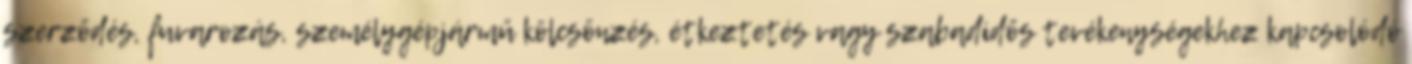
szerződés, fuvarozás, személygépjármű kölcsönzés, étkeztetés vagy szabadidős tevékenységekhez kapcsolódó